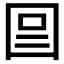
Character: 𡇉